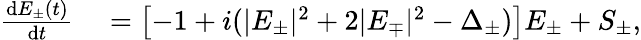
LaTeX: \begin{array}{rl}{\frac{\mathrm{d}E_{\pm}(t)}{\mathrm{d}t}}&{{}=\left[-1+i(|E_{\pm}|^{2}+2|E_{\mp}|^{2}-\Delta_{\pm})\right]E_{\pm}+S_{\pm},}\end{array}